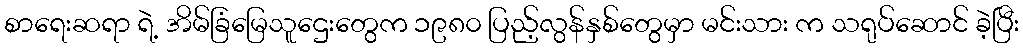
စာရေးဆရာ ရဲ့ အိမ်ခြံမြေသူဌေးတွေက ၁၉၈၀ ပြည့်လွန်နှစ်တွေမှာ မင်းသား က သရုပ်ဆောင် ခဲ့ပြီး